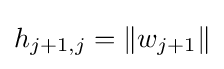
h_{j+1,j}=\|w_{j+1}\|